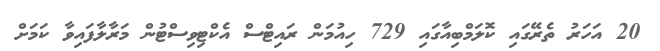
20 އަހަރު ތެރޭގައި ކޮލަމްބިއާގައި 729 ހިއުމަން ރައިޓްސް އެކްޓިވިސްޓުން މަރާލާފައިވާ ކަމަށް